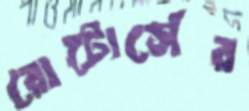
রোটোর্সের